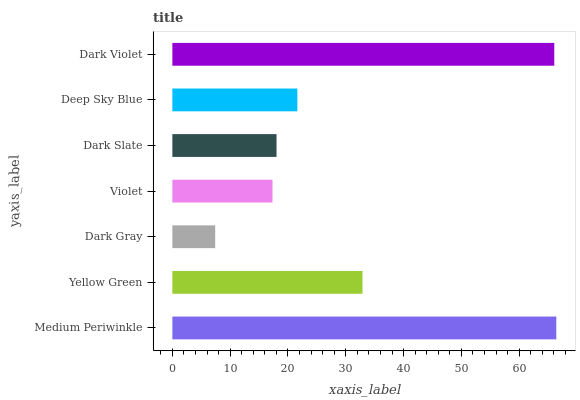
| yaxis_label | bars |
 | --- | --- |
 | Medium Periwinkle | 66.4 |
 | Yellow Green | 32.9 |
 | Dark Gray | 7.41 |
 | Violet | 17.3 |
 | Dark Slate | 18 |
 | Deep Sky Blue | 21.6 |
 | Dark Violet | 66.1 |